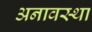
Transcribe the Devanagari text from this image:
अनावस्था